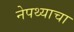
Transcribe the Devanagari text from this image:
नेपथ्याचा